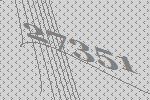
27351